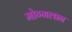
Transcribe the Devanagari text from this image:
मोग्गलान